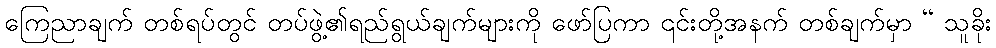
ကြေညာချက် တစ်ရပ်တွင် တပ်ဖွဲ့၏ရည်ရွယ်ချက်များကို ဖော်ပြကာ ၎င်းတို့အနက် တစ်ချက်မှာ “ သူခိုး